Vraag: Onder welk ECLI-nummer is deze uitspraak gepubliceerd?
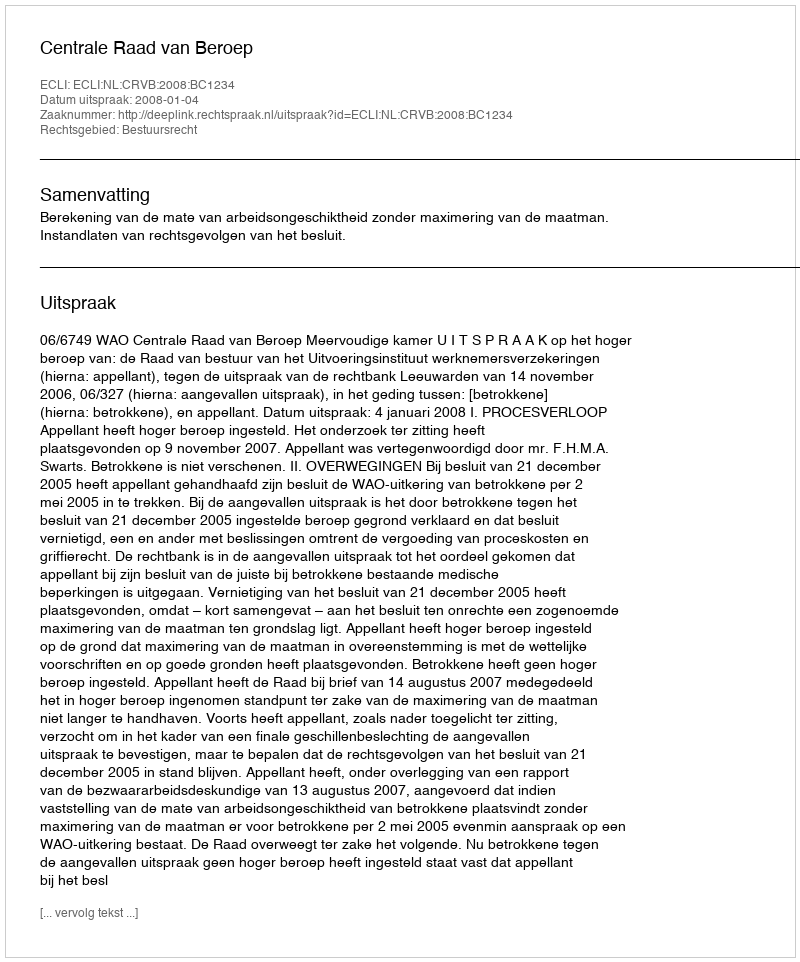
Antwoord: ECLI:NL:CRVB:2008:BC1234